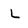
Character: L